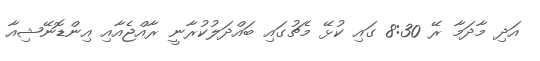
އަދި މާދަމާ ރޭ 8:30 ގައި ކުޅޭ މެޗުގައި ބައްދަލުކުރާނީ ރާއްޖެއާއި އިންޑޮނޭޝިއާ